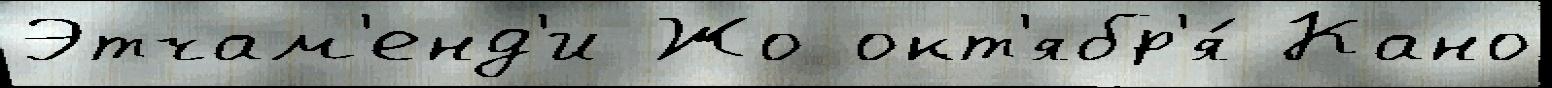
Этчам'енд'и Жо окт'ябр'я́ Кано